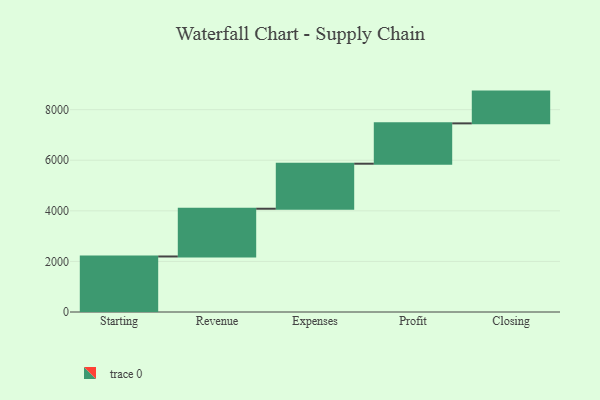
{"axis": {"x": "Step", "y": "Value"}, "legend": [""], "data": [{"x": "Starting", "y": 2195.0, "type": ""}, {"x": "Revenue", "y": 1888.0, "type": ""}, {"x": "Expenses", "y": 1780.0, "type": ""}, {"x": "Profit", "y": 1595.0, "type": ""}, {"x": "Closing", "y": 1256.0, "type": ""}]}